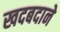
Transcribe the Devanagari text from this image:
खदबदाने